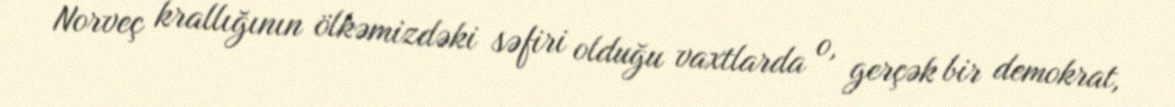
Norveç krallığının ölkəmizdəki səfiri olduğu vaxtlarda o, gerçək bir demokrat,